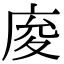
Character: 𢈡